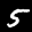
Label: 5